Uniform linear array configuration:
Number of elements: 64
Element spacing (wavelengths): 0.75
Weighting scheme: cosine
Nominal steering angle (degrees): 15
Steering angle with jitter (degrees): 13.198
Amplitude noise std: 0.05
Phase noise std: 0.05

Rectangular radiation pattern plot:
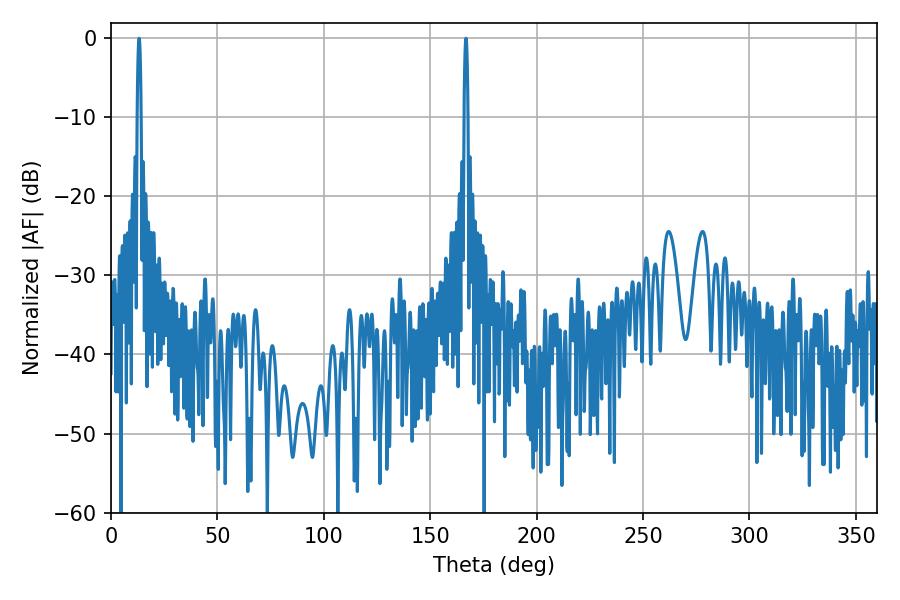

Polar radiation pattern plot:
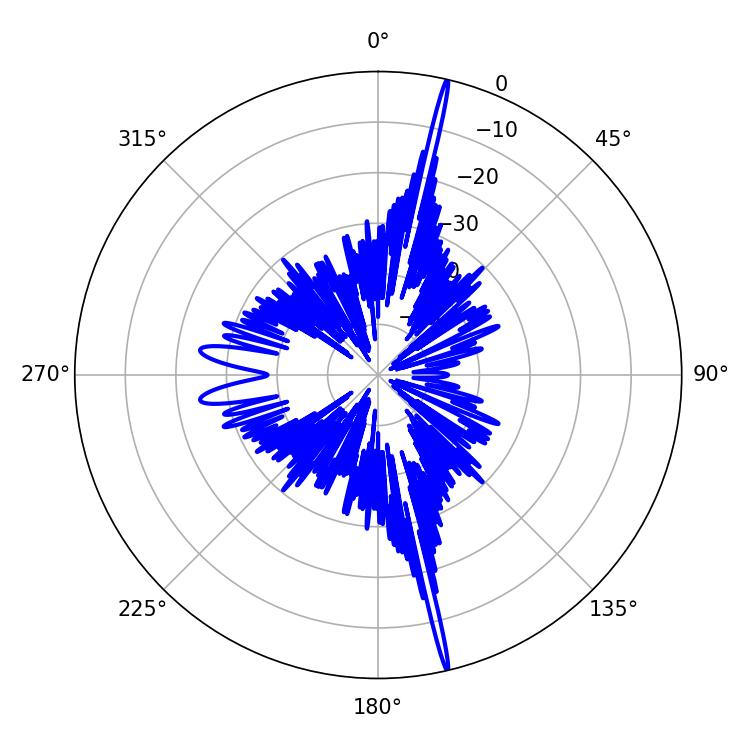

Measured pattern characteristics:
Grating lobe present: TRUE
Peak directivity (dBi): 23.504
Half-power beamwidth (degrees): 0.9
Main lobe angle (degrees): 166.86